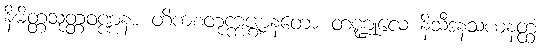
နိမိတ္တသုတ္တဝဏ္ဏနာ တိကစတုက္ကဇ္ဈာနတော တဏ္ဍုလေ နိသီဒနသယနတ္ထံ